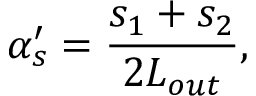
\alpha _ { s } ^ { \prime } = \frac { s _ { 1 } + s _ { 2 } } { 2 L _ { o u t } } ,